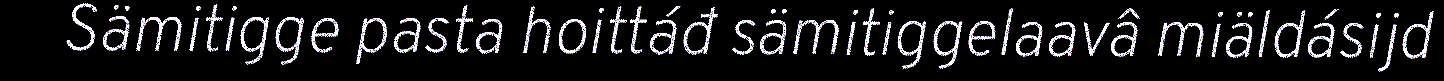
Sämitigge pasta hoittáđ sämitiggelaavâ miäldásijd